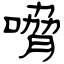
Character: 嗋